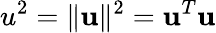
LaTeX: u^{2}=\| \mathbf{u}\| ^{2}=\mathbf{u}^{T}\mathbf{u}